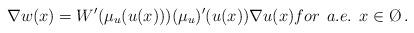
LaTeX: \begin{align*}\nabla w(x)=W'(\mu_u(u(x)) ) (\mu_u) '(u(x))\nabla u(x)for\>\>a.e.\>\>x\in\O\,.\end{align*}